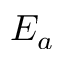
E _ { a }